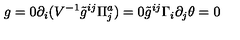
g = 0 \partial _ { i } ( V ^ { - 1 } { \tilde { g } } ^ { i j } \Pi _ { j } ^ { a } ) = 0 { \tilde { g } } ^ { i j } \Gamma _ { i } \partial _ { j } \theta = 0